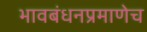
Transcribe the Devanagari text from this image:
भावबंधनप्रमाणेच